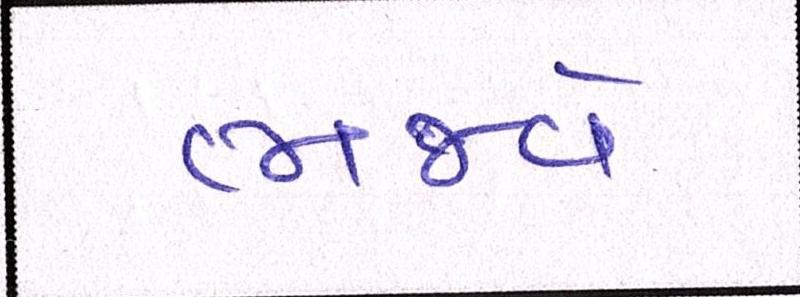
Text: ભજવે